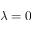
\lambda = 0